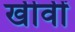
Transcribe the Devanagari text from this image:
खीवीं